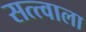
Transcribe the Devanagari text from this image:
सत्त्वाला